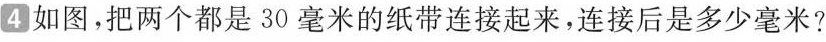
4如图，把两个都是30毫米的纸带连接起来，连接后是多少毫米?